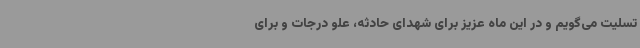
تسلیت می‌گویم و در این ماه عزیز برای شهدای حادثه، علو درجات و برای